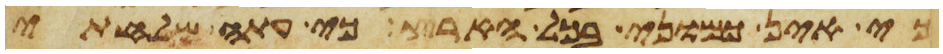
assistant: כי אין כמוני בכל הארץ כי עתה שלחתי